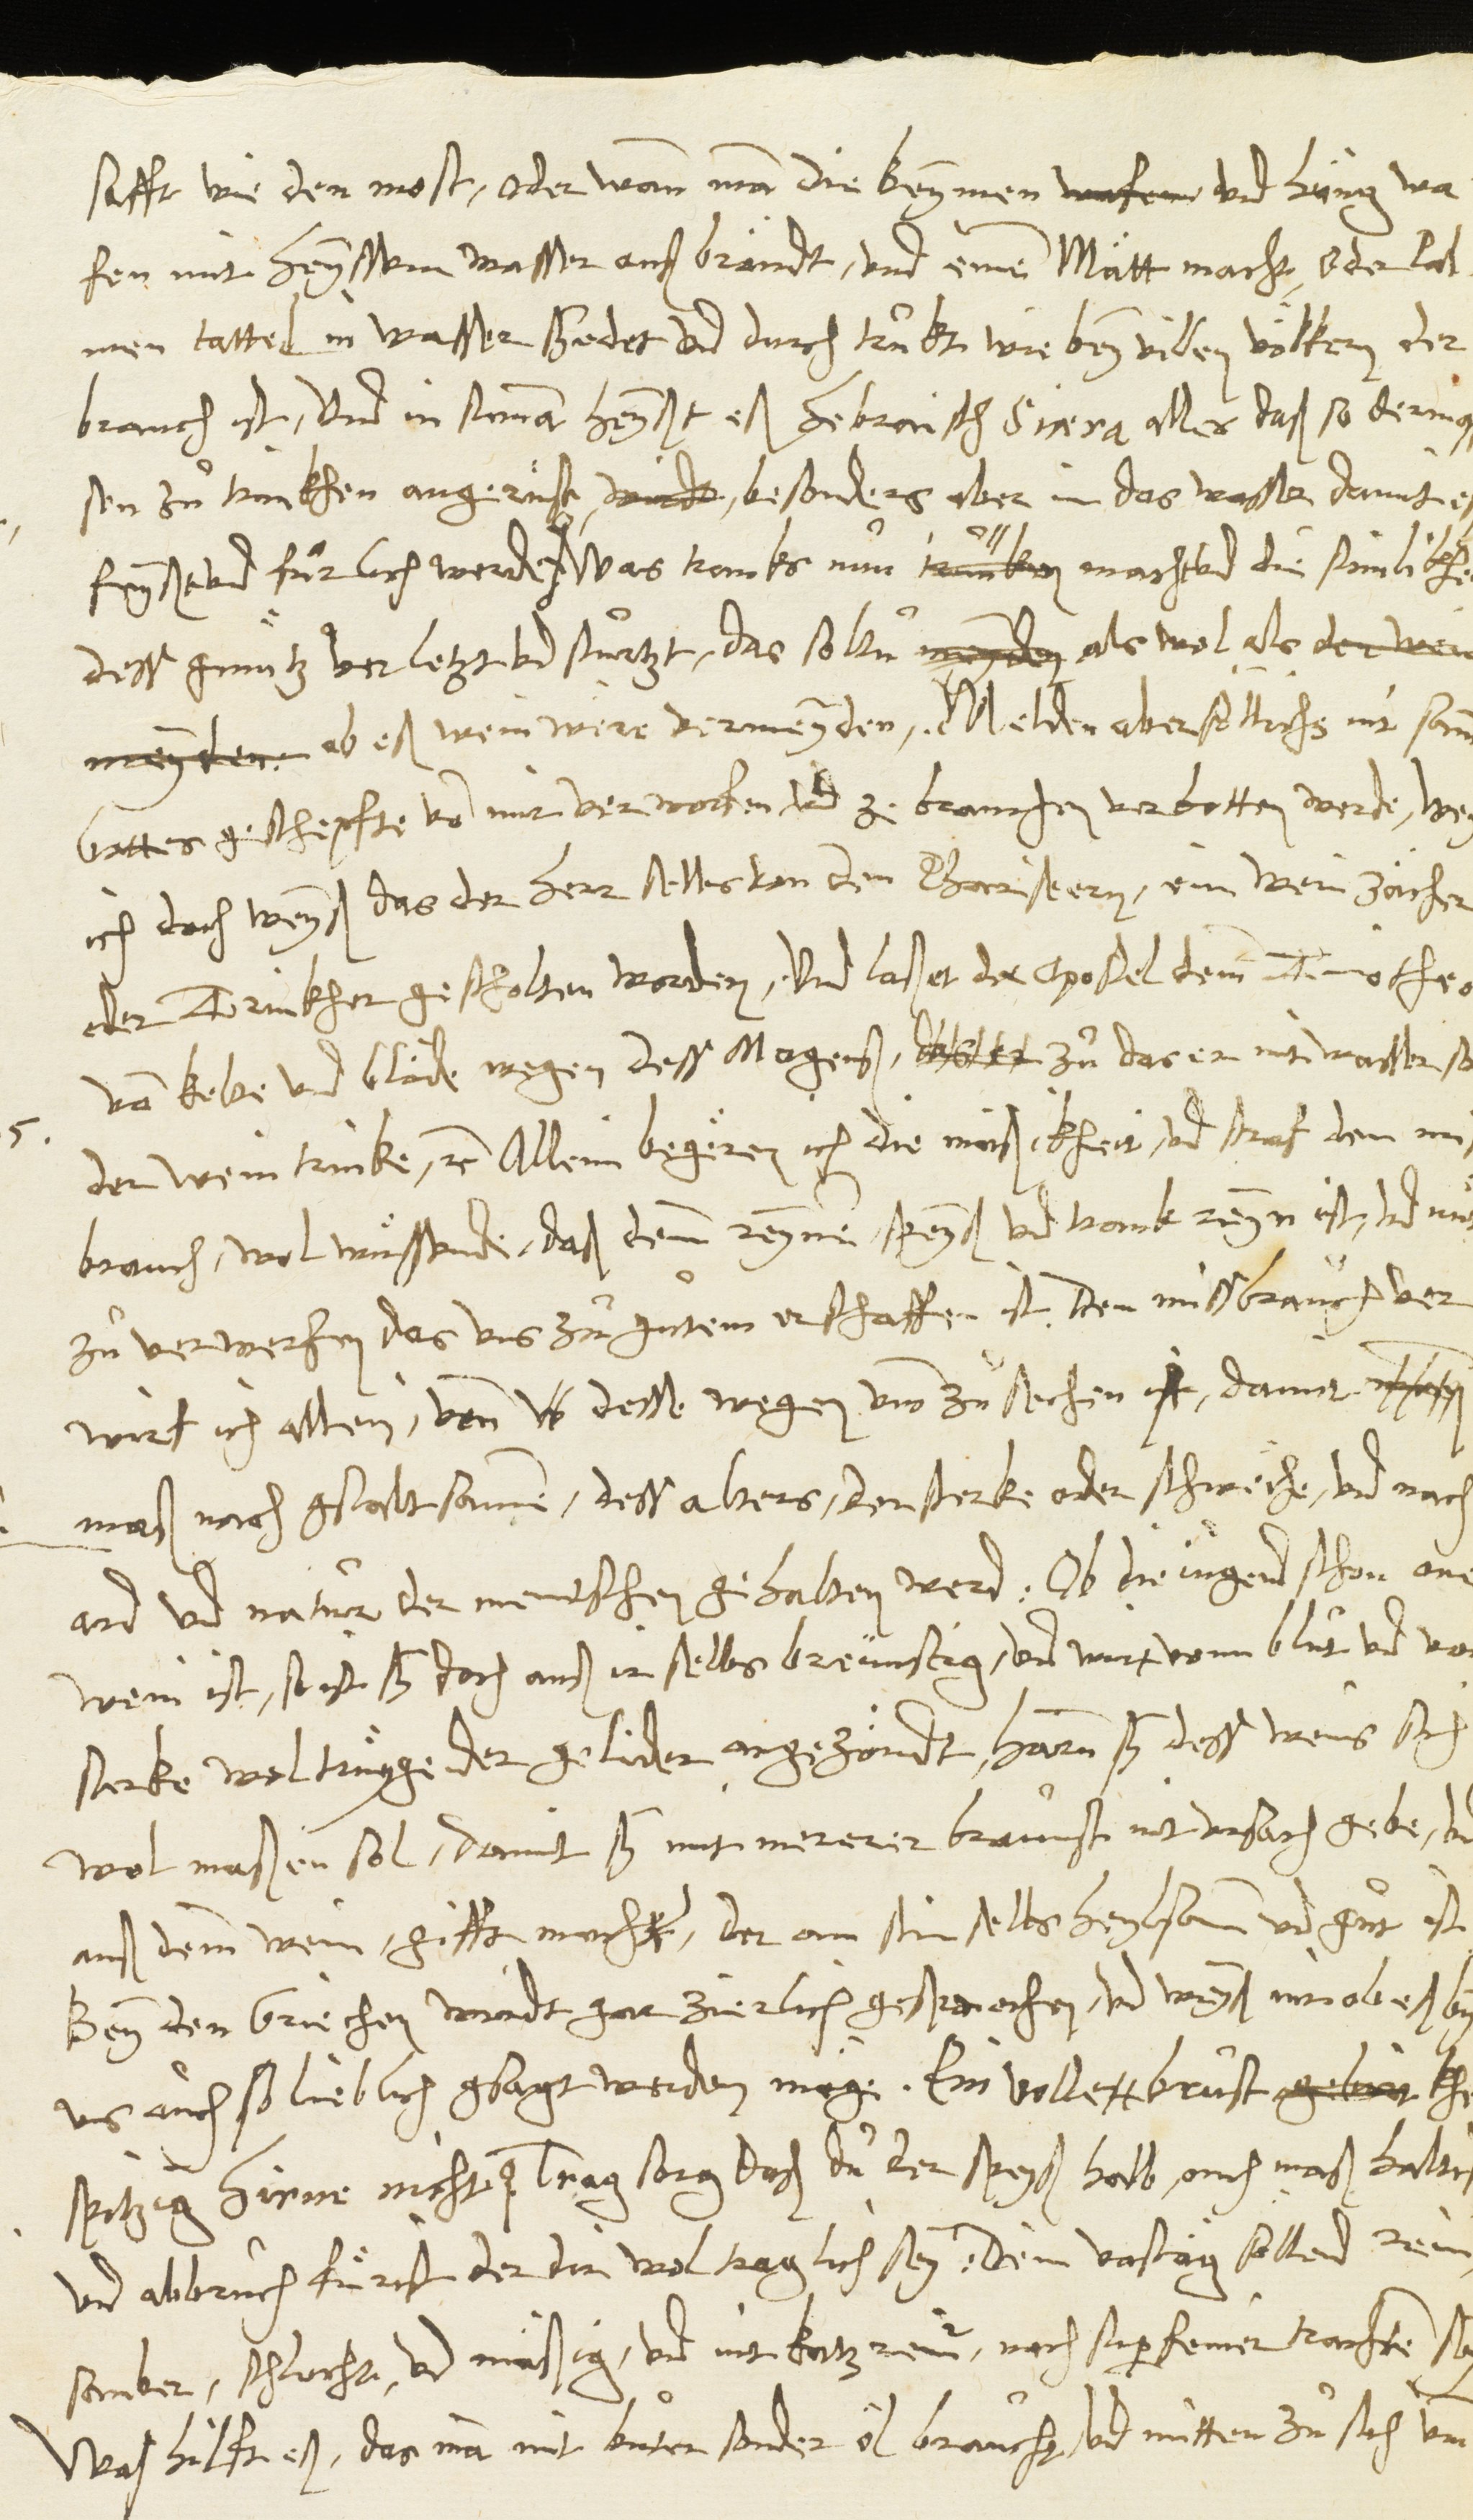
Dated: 1546–1546